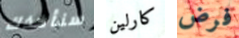
سنأخذك كارلين فرض